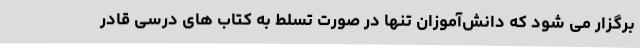
برگزار می شود که دانش‌آموزان تنها در صورت تسلط به کتاب های درسی قادر